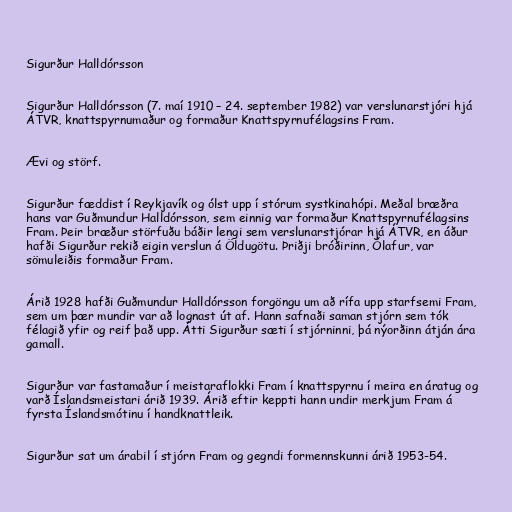
Sigurður Halldórsson

Sigurður Halldórsson (7. maí 1910 – 24. september 1982) var verslunarstjóri hjá
ÁTVR, knattspyrnumaður og formaður Knattspyrnufélagsins Fram.

Ævi og störf.

Sigurður fæddist í Reykjavík og ólst upp í stórum systkinahópi. Meðal bræðra
hans var Guðmundur Halldórsson, sem einnig var formaður Knattspyrnufélagsins
Fram. Þeir bræður störfuðu báðir lengi sem verslunarstjórar hjá ÁTVR, en áður
hafði Sigurður rekið eigin verslun á Öldugötu. Þriðji bróðirinn, Ólafur, var
sömuleiðis formaður Fram.

Árið 1928 hafði Guðmundur Halldórsson forgöngu um að rífa upp starfsemi Fram,
sem um þær mundir var að lognast út af. Hann safnaði saman stjórn sem tók
félagið yfir og reif það upp. Átti Sigurður sæti í stjórninni, þá nýorðinn átján ára
gamall.

Sigurður var fastamaður í meistaraflokki Fram í knattspyrnu í meira en áratug og
varð Íslandsmeistari árið 1939. Árið eftir keppti hann undir merkjum Fram á
fyrsta Íslandsmótinu í handknattleik.

Sigurður sat um árabil í stjórn Fram og gegndi formennskunni árið 1953-54.